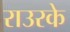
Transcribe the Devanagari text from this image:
राउरके